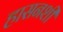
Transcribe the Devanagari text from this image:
हासनशी